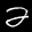
Label: 2